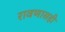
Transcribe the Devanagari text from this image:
रावणासही